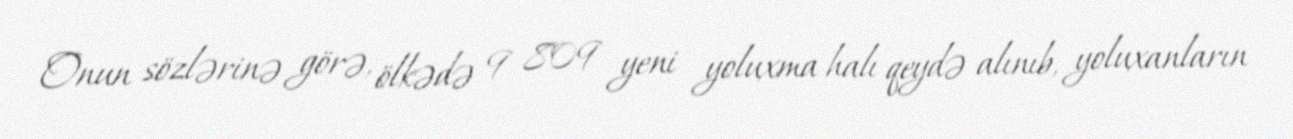
Onun sözlərinə görə, ölkədə 9 809 yeni yoluxma halı qeydə alınıb, yoluxanların